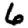
Digit: 6